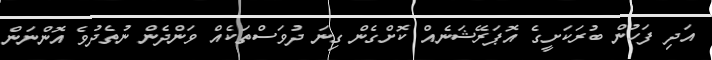
އަދި ފަހުން ބުރަކަށީގެ އޮޕަރޭޝަނެއް ކޮށްގެން ގިނަ ދުވަސްތަކެއް ވަންދެން ނުތެދުވެ އޮންނަން